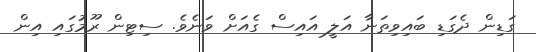
ގަޑިން ދެގަޑި ބައިވިތަނާ އަލީ އައިސް ގެއަށް ވަނެވެ. ސިޓިން ރޫމުގައި އިން